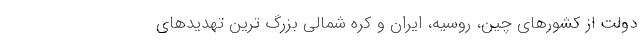
دولت از کشورهای چین، روسیه، ایران و کره شمالی بزرگ ترین تهدیدهای